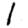
Digit: 1